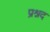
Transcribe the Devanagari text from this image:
प्रश्नद